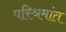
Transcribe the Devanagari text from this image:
परिश्रमांत